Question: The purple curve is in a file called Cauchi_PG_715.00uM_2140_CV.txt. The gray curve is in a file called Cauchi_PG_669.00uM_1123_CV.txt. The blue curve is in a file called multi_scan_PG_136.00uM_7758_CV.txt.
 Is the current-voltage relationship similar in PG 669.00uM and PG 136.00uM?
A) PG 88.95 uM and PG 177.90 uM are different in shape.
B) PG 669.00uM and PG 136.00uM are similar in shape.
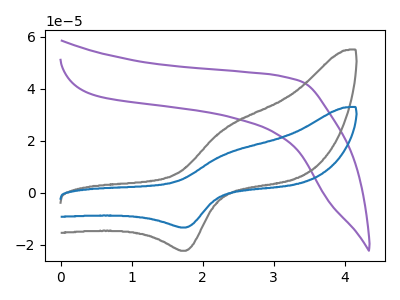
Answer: <think>The purple curve "PG 715.00uM" has no peaks. The gray curve "PG 669.00uM" has an anodic peak at (2.35V, 25.05uA) and a cathodic peak at (1.75V, -22.30uA). The blue curve "PG 136.00uM" has an anodic peak at (2.35V, 15.00uA) and a cathodic peak at (1.75V, -13.35uA).
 All the peaks in "PG 669.00uM" have a peak in "PG 136.00uM" at the same potential. Every peak in "PG 669.00uM" is higher than every peak in "PG 136.00uM".</think>
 <answer>B) "PG 669.00uM" and "PG 136.00uM" are similar in shape.</answer>
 <eval>B</eval>